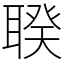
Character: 聧